Vaccination United Provinces of Agra and Oudh 1914-1922 - 1914-1922
Year: 1914
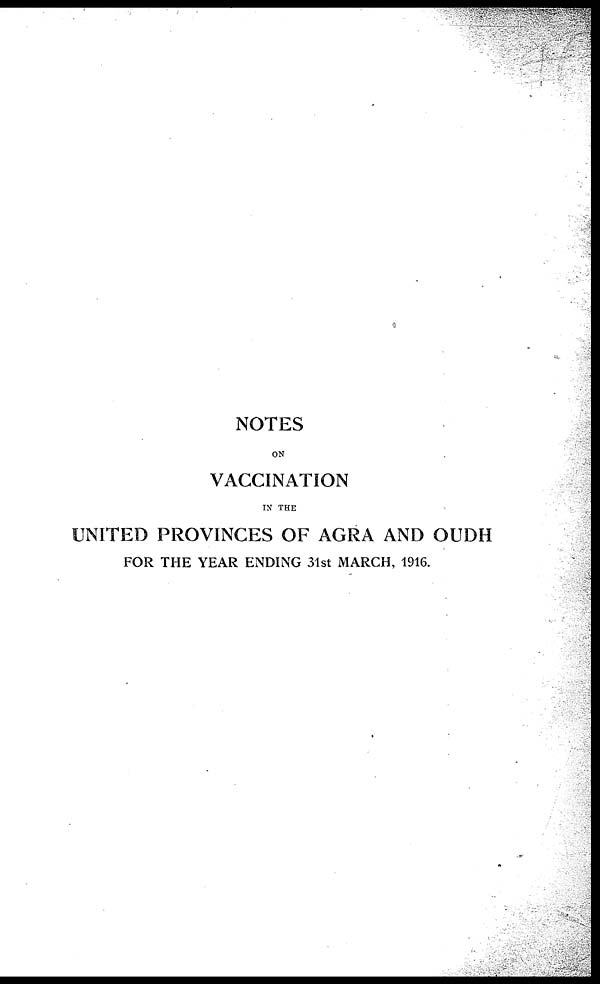
NOTES
ON
VACCINATION
IN THE
UNITED PROVINCES OF AGRA AND OUDH
FOR THE YEAR ENDING 31st MARCH, 1916.